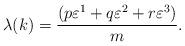
LaTeX: \begin{align*}\lambda (k)= \frac{(p\varepsilon^1 +q \varepsilon^2 + r \varepsilon^3)}{m}. \end{align*}